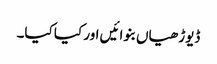
ڈیوڑھیاں بنوائیں اور کیا کیا۔